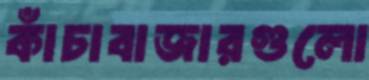
কাঁচাবাজারগুলো